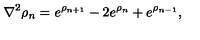
\nabla ^ { 2 } \rho _ { n } = e ^ { \rho _ { n + 1 } } - 2 e ^ { \rho _ { n } } + e ^ { \rho _ { n - 1 } } ,